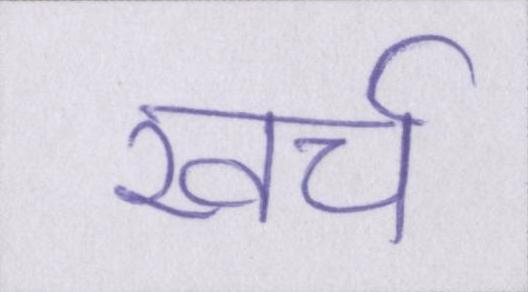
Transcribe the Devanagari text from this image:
खर्च